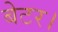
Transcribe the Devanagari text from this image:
बेटर।